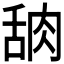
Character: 𬚸